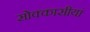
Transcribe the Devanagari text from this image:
सोक्कासीयां